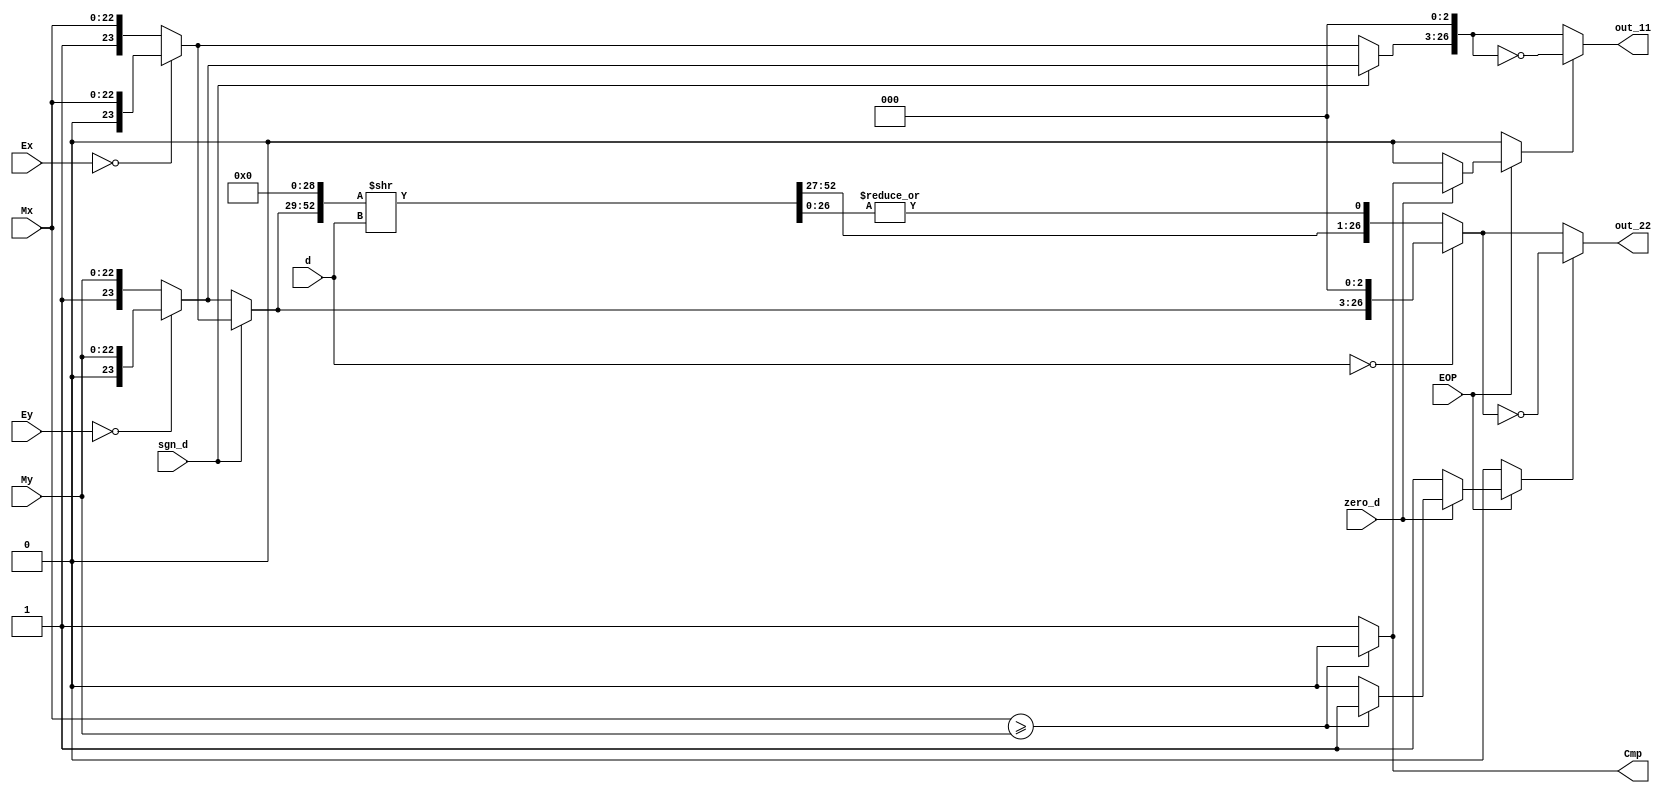
module Alignment (
input	wire	[22:0]	Mx,
input	wire	[22:0]	My,

input	wire 	[7:0]	d, //from body & atef 
input	wire 	[7:0]	Ex,
input	wire 	[7:0]	Ey,
input 	wire			sgn_d,
input	wire			EOP,
input	wire			zero_d,
output	reg		       	Cmp,
output	reg		[26:0]	out_11,
output	reg		[26:0]	out_22
);

reg		[23:0]	out_x;// 22 or 25?
reg		[23:0]	out_y;

reg		[23:0]	bef_shift_y; //before shift y
reg		[23:0]	bef_shift_x; //before shoft x

reg		[52:0]	shR_y;
reg		[52:0]	out_y_shR;   // gaurd bits ??
reg     [26:0]  out_y_with_T;
reg             sticky;	

reg		[26:0]	out_x_shR;


reg 			bit_inv_cont_x;
reg 			bit_inv_cont_y;




always @ (*)
	begin


if(Ey==0)		
	begin
		bef_shift_y = {1'b0,My[22:0]};  //// kanet l7d 1
	end
else
	begin
		bef_shift_y = {1'b1,My[22:0]};
	end

if(Ex==0)		
	begin
		bef_shift_x = {1'b0,Mx[22:0]};
	end
else
	begin
		bef_shift_x = {1'b1,Mx[22:0]};
	end			

	
	
	
		if(sgn_d)						//SWAP bloc;
			begin		
				out_x = bef_shift_y;					
				out_y = bef_shift_x;
			end 
		else 
			begin
				out_x = bef_shift_x;
				out_y = bef_shift_y;
			end
			
			
			


////// till now I have 24 bits 1(hidden) + 23(Mx,My)			
shR_y = {out_y[23:0], 29'b0 };	
out_x_shR = {out_x[23:0], 3'b0 };   
 
if(d==0)
	begin
		out_y_shR = shR_y;	//R_SHIFT block
		sticky = 1'b0;
		out_y_with_T=out_y_shR[52:26];
		
	end
else	
	begin
		out_y_shR = shR_y>>d;		//R_SHIFT block
		sticky = |out_y_shR[26:0];
		out_y_with_T={out_y_shR[52:27],sticky};
	end
	

		

////// till now I have 27 bits 1(hidden) + 23(Mx,My) + 3(guard)		

		
	end
	
	
always @ (*)
	begin
		if(Mx>=My)				//Compare Block
			begin
				Cmp = 1'b0;		
			end
		else
			begin
				Cmp = 1'b1;
			end
	
	
		
		
		if(EOP==0)					///Cont block
			begin
			bit_inv_cont_x = 0;
			bit_inv_cont_y = 0;
			end
			
		else
			begin
				if(zero_d==1)
					begin
						if (Cmp==0)
							begin
								bit_inv_cont_x = 0;
								bit_inv_cont_y = 1;	
							end
						else
							begin
								bit_inv_cont_x = 1;
								bit_inv_cont_y = 0;
							end
							
					end
				else
					begin
						bit_inv_cont_x = 0;
						bit_inv_cont_y = 1;
					end
			end
	
	end



always @ (*)
	begin
		if(bit_inv_cont_x)
			begin
				out_11= ~out_x_shR;
			end
		else	
			begin
				out_11= out_x_shR;
			end
	end
	
	
	always @ (*)
	begin
		if(bit_inv_cont_y)
			begin
				out_22 = ~out_y_with_T;
			end
		else	
			begin
				out_22 = out_y_with_T;
			end
	end
	
	
	
endmodule